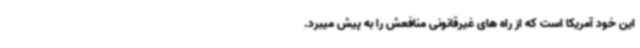
این خود آمریکا است که از راه های غیرقانونی منافعش را به پیش میبرد.